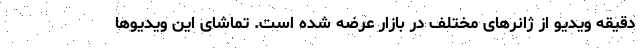
دقیقه ویدیو از ژانرهای مختلف در بازار عرضه شده است. تماشای این ویدیوها